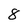
Character: 8